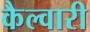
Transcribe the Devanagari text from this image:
कैल्वारी